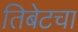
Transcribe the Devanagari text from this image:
तिबेटचा